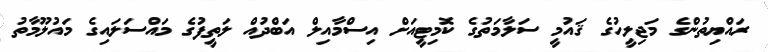
ރައްޔިތުންގެ މަޖިލީހުގެ ޤައުމީ ސަލާމަތުގެ ކޮމިޓީއަށް އިސްމާއިލް އަބްދުއް ލަތީފުގެ މައްސަލައިގެ މައުލޫމާތު